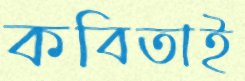
কবিতাই